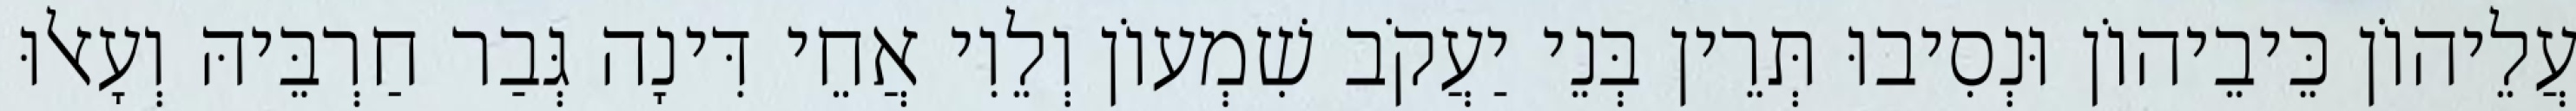
עֲלֵיהוֹן כֵּיבֵיהוֹן וּנְסִיבוּ תְּרֵין בְּנֵי יַעֲקֹב שִׁמְעוֹן וְלֵוִי אֲחֵי דִּינָה גְּבַר חַרְבֵּיהּ וְעָאלוּ